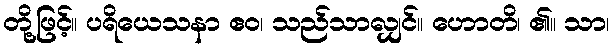
တို့ဖြင့်။ ပရိယေသနာ ဧဝ၊ သည်သာလျှင်။ ဟောတိ၊ ၏။ သာ၊